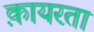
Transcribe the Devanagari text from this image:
क़ायरता